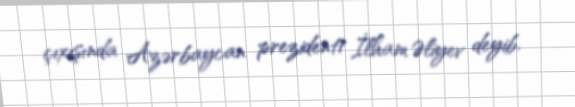
çıxışında Azərbaycan prezidenti İlham Əliyev deyib.